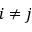
i \ne j